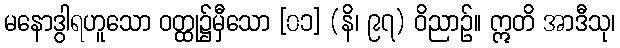
မနောဒွါရဟူသော ဝတ္ထု၌မှီသော [၀၁] (နိ၊ ၉၇) ဝိညာဉ်။ ဣတိ အာဒီသု၊